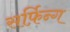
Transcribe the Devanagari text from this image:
सर्फ़िन्ग